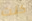
كنت